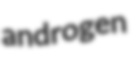
androgen